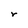
Character: r